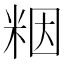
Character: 𫂾